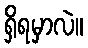
ရှိရမှာလဲ။